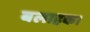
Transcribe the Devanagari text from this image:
बलाहक।